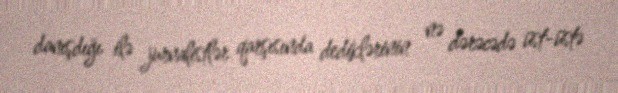
danışdığı ilə jurnalistlər qarşısında dediklərinin nə dərəcədə üst-üstə